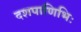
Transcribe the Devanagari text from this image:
दशपाणिभिः